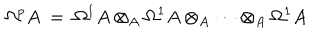
\Omega ^ { p } A \ = \ \Omega ^ { 1 } A \otimes _ { A } \Omega ^ { 1 } A \otimes _ { A } \cdots \otimes _ { A } \Omega ^ { 1 } A